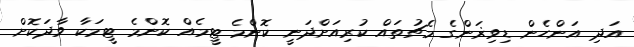
އަދި އަންހެން ޑިވިޜަންގެ މެޗުތައް ކުރިއަށްދަނީ ކޮންމެ ޓީމެއް ކޮންމެ ޓީމަކާ ވާދަކޮށް